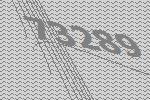
73289